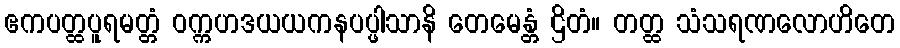
ဧကပတ္ထပူရမတ္တံ ဝက္ကဟဒယယကနပပ္ဖါသာနိ တေမေန္တံ ဌိတံ။ တတ္ထ သံသရဏလောဟိတေ